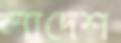
লাদেশ